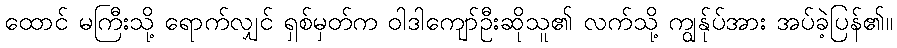
ထောင် မကြီးသို့ ရောက်လျှင် ရှစ်မှတ်က ဝါဒါကျော်ဦးဆိုသူ၏ လက်သို့ ကျွန်ုပ်အား အပ်ခဲ့ပြန်၏။